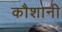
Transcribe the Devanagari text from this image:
कौशानी